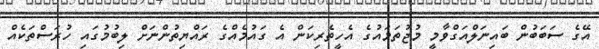
އޭގެ ސަބަބުން ބައިނަލްއަގްވާމީ މުޖުތަމައުގެ އެހީތެރިކަން އެ ގައުމެއްގެ ރައްޔިތުންނަށް ލިބުމުގައި ހުރަސްތަކެއް